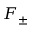
F _ { \pm }